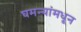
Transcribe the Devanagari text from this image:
घमन्यांमधून